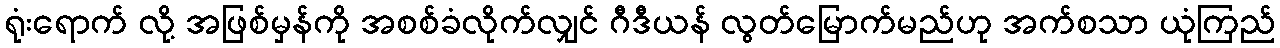
ရုံးရောက် လို့ အဖြစ်မှန်ကို အစစ်ခံလိုက်လျှင် ဂီဒီယန် လွတ်မြောက်မည်ဟု အက်စသာ ယုံကြည်